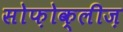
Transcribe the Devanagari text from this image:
सोफ़ोक्लीज़